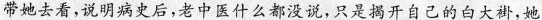
带她去看，说明病史后，老中医什么都没说，只是揭开自己的白大褂，她